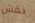
نقش